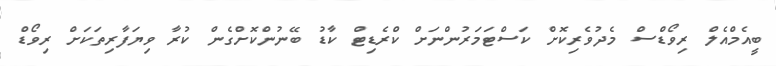
ބީއެމްއެލް ރިވޯޑްސް މެދުވެރިކޮށް ކަސްޓަމަރުންނަށް ކްރެޑިޓް ކާޑު ބޭނުންކޮށްގެން ކުރާ ވިޔަފާރިތަކަށް ރިވޯޑް